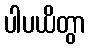
ပါပယိတွာ